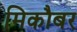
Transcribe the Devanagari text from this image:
मिकौबर